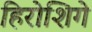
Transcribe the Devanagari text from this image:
हिरोशिगे